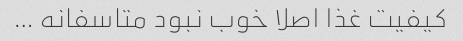
کیفیت غذا اصلا خوب نبود متاسفانه …‌